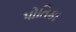
પોતિકા